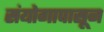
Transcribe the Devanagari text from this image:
संयोगापासून